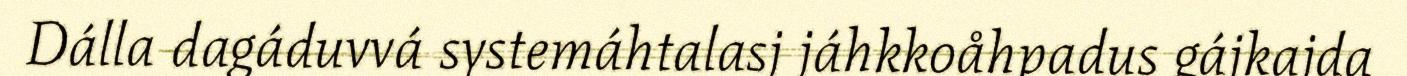
Dálla dagáduvvá systemáhtalasj jáhkkoåhpadus gájkajda